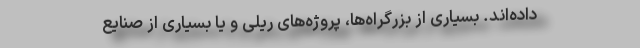
داده‌اند. بسیاری از بزرگراه‌ها، پروژه‌های ریلی و یا بسیاری از صنایع